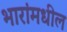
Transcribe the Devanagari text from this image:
भारांमधील